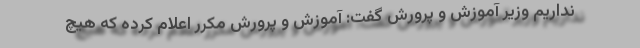
نداریم وزیر آموزش و پرورش گفت: آموزش و پرورش مکرر اعلام کرده که هیچ